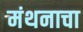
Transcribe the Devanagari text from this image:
मंथनाचा